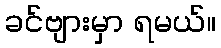
ခင်ဗျားမှာ ရမယ်။